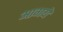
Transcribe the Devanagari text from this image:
आगये